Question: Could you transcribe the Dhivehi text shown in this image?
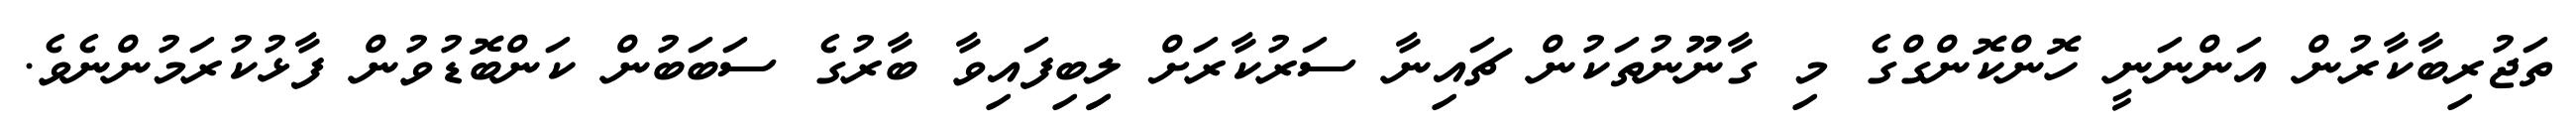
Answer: ތަޖުރިބާކާރުން އަންނަނީ ހޮންކޮންގްގެ މި ގާނޫނުތަކުން ޗައިނާ ސަރުކާރަށް ލިިބިފައިވާ ބާރުގެ ސަބަބުން ކަންބޮޑުވުން ފާޅުކުރަމުންނެވެ.